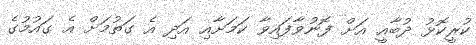
ކުރީކޮޅު ދުބާއީ އަށް ފޮނުވާފައިވާ ކަމަށާއި އަދި އެ ގަތުމަށް އެ ގައުމުގެ